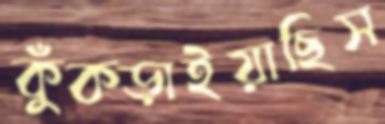
কুঁকড়াইয়াছিস